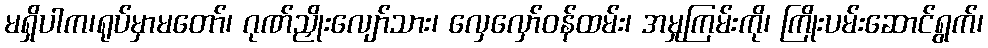
မရှိပါက၊ရုပ်မှာမတော်၊ ဂုဏ်ညှိုးလျော်သား၊ လှေလှော်ဝန်ထမ်း၊ အမှုကြမ်းကို၊ ကြိုးပမ်းဆောင်ရွက်၊